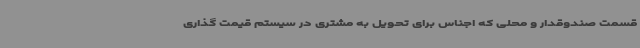
قسمت صندوقدار و محلی که اجناس برای تحویل به مشتری در سیستم قیمت گذاری